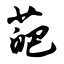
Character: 葩